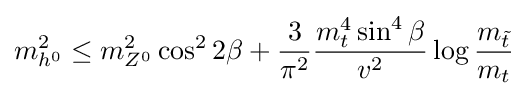
m_{h^{0}}^{2}\leq m_{Z^{0}}^{2}\cos ^{2}2\beta +{\frac {3}{\pi ^{2}}}{\frac {m_{t}^{4}\sin ^{4}\beta }{v^{2}}}\log {\frac {m_{\tilde {t}}}{m_{t}}}